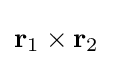
\mathbf {r} _{1}\times \mathbf {r} _{2}